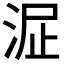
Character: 𣴻